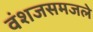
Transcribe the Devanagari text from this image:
वंशजसमजले